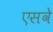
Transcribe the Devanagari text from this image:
एसवे